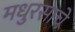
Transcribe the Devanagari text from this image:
मधुरसाचे